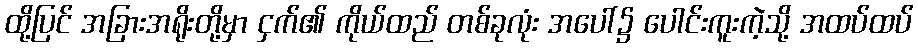
ထို့ပြင် အခြားအရိုးတို့မှာ ငှက်၏ ကိုယ်ထည် တစ်ခုလုံး အပေါ်၌ ပေါင်းကူးကဲ့သို့ အထပ်ထပ်